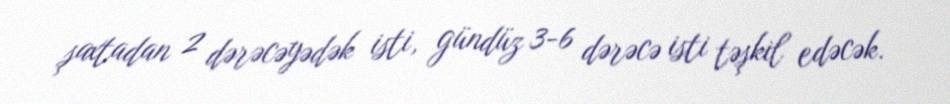
şaxtadan 2 dərəcəyədək isti, gündüz 3-6 dərəcə isti təşkil edəcək.